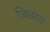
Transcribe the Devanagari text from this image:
बिछाय